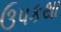
ઉપકથા